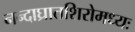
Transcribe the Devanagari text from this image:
नन्दाघ्रातशिरोमध्यः